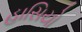
હાસિયો